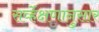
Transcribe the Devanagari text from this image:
सर्व्हेक्षणानुसार